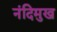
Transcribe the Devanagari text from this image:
नंदिमुख